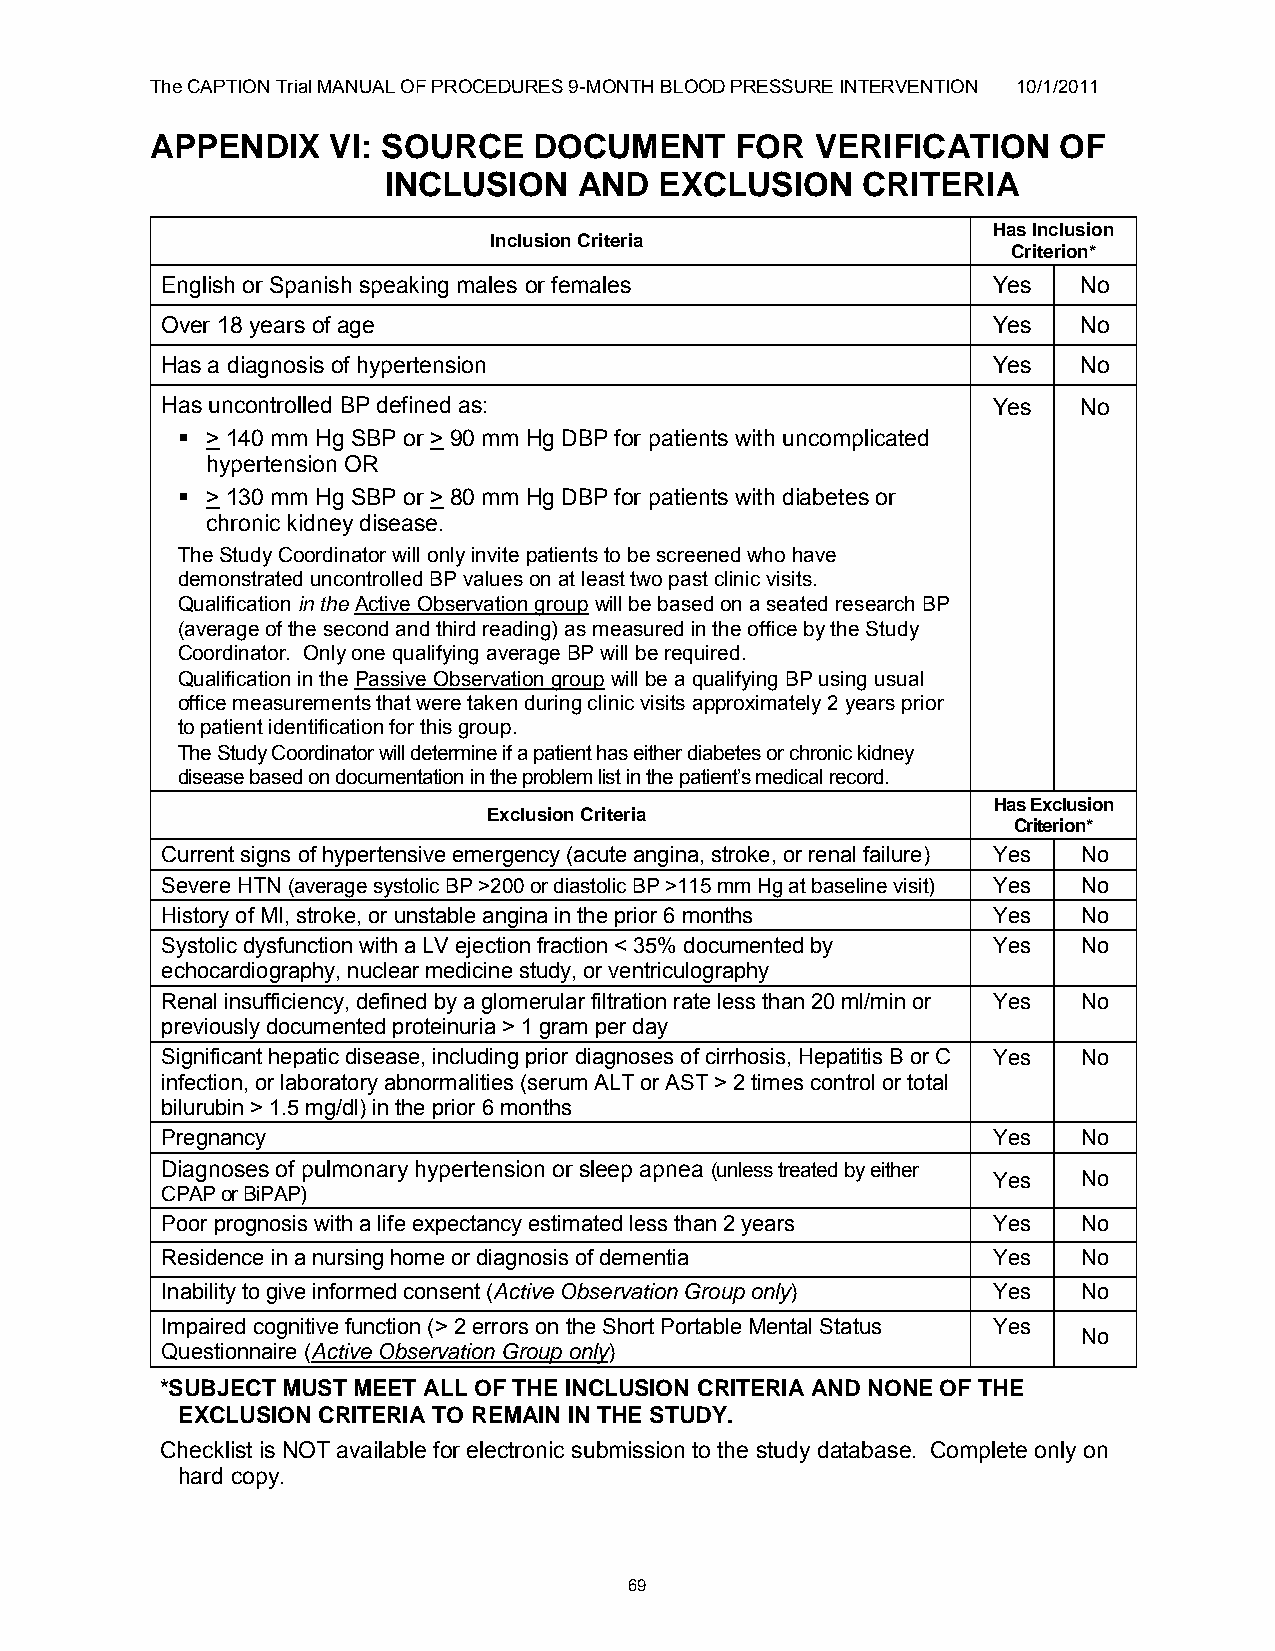
The CAPTION Trial MANUAL OF PROCEDURES 9-MONTH BLOOD PRESSURE INTERVENTION 10/1/2011
 APPENDIX    VI: SOURCE   DOCUMENT      FOR  VERIFICATION    OF
 INCLUSION    AND   EXCLUSION    CRITERIA
 Has Inclusion
 Inclusion Criteria
 Criterion*
 English or Spanish speaking males or females           Yes   No
 Over 18 years of age                                   Yes   No
 Has a diagnosis of hypertension                        Yes   No
 Has uncontrolled BP defined as:                        Yes   No
  > 140 mm Hg SBP or > 90 mm Hg DBP for patients with uncomplicated
 hypertension OR
  > 130 mm Hg SBP or > 80 mm Hg DBP for patients with diabetes or
 chronic kidney disease.
 The Study Coordinator will only invite patients to be screened who have
 demonstrated uncontrolled BP values on at least two past clinic visits.
 Qualification in the Active Observation group will be based on a seated research BP
 (average of the second and third reading) as measured in the office by the Study
 Coordinator. Only one qualifying average BP will be required.
 Qualification in the Passive Observation group will be a qualifying BP using usual
 office measurements that were taken during clinic visits approximately 2 years prior
 to patient identification for this group.
 The Study Coordinator will determine if a patient has either diabetes or chronic kidney
 disease based on documentation in the problem list in the patient‟s medical record.
 Has Exclusion
 Exclusion Criteria
 Criterion*
 Current signs of hypertensive emergency (acute angina, stroke, or renal failure) Yes No
 Severe HTN (average systolic BP >200 or diastolic BP >115 mm Hg at baseline visit) Yes No
 History of MI, stroke, or unstable angina in the prior 6 months Yes No
 Systolic dysfunction with a LV ejection fraction < 35% documented by Yes No
 echocardiography, nuclear medicine study, or ventriculography
 Renal insufficiency, defined by a glomerular filtration rate less than 20 ml/min or Yes No
 previously documented proteinuria > 1 gram per day
 Significant hepatic disease, including prior diagnoses of cirrhosis, Hepatitis B or C Yes No
 infection, or laboratory abnormalities (serum ALT or AST > 2 times control or total
 bilurubin > 1.5 mg/dl) in the prior 6 months
 Pregnancy                                              Yes   No
 1.  Diagnoses of pulmonary hypertension or sleep apnea (unless treated by either
 Yes   No
 CPAP or BiPAP)
 Poor prognosis with a life expectancy estimated less than 2 years Yes No
 Residence in a nursing home or diagnosis of dementia   Yes   No
 Inability to give informed consent (Active Observation Group only) Yes No
 Impaired cognitive function (> 2 errors on the Short Portable Mental Status Yes
 No
 Questionnaire (Active Observation Group only)
 *SUBJECT MUST MEET ALL OF THE INCLUSION CRITERIA AND NONE OF THE
 EXCLUSION CRITERIA TO REMAIN IN THE STUDY.
 Checklist is NOT available for electronic submission to the study database. Complete only on
 hard copy.
 69